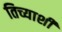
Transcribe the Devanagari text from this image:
तिच्याशीं